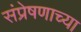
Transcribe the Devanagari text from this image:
संप्रेषणाच्या